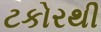
ટકોરથી